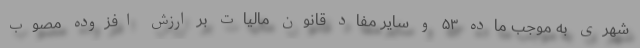
شهری به موجب ماده ۵۳ و سایر مفاد قانون مالیات بر ارزش افزوده مصوب